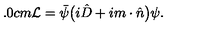
\hspace { 1 . 0 c m } { \cal L } = \bar { \psi } \big ( i \hat { D } + i m \cdot \hat { n } \big ) \psi .